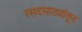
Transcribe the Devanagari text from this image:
रसदसाठ्यांतून